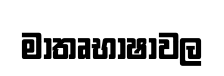
මාතෘභාෂාවල